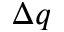
\Delta q